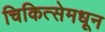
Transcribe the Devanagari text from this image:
चिकित्सेमधून